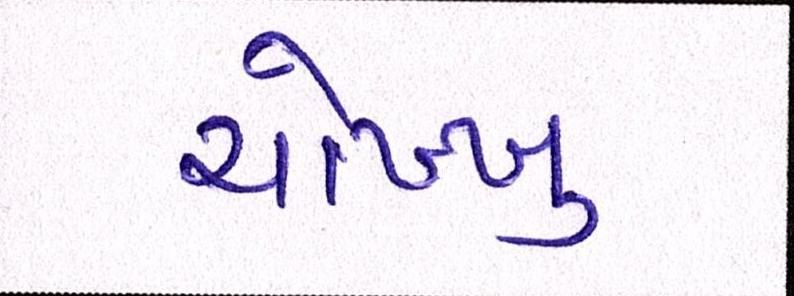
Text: ચોખ્ખુ